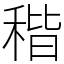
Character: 𥟠